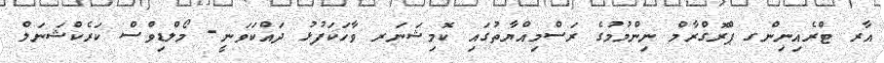
އާރ ޓްރެއިނިންގ ޕްރޮގްރާމް ނިންމުމުގެ ރަސްމިއްޔާތުގައި ކޮމިޝަނަރ ވާހަކަފުޅު ދައްކަވަނީ- މޯލްޑިވްސް ކަރެކްޝަނަލް